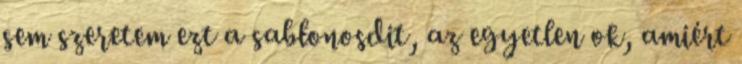
sem szeretem ezt a sablonosdit, az egyetlen ok, amiért